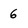
Character: 6